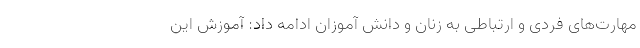
مهارت‌های فردی و ارتباطی به زنان و دانش آموزان ادامه داد: آموزش این